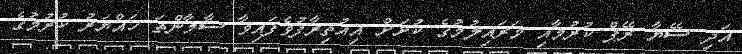
އަދި ސޭޔާ ރޭޕް ކުރުމާއި މަރައިލުމުގެ ކުށަށް އިއުތިރާފުވެފައިވާ ސާމާންތަ ހައްޔަރު ކުރުމުގެ